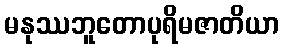
မနုဿဘူတောပုရိမဇာတိယာ